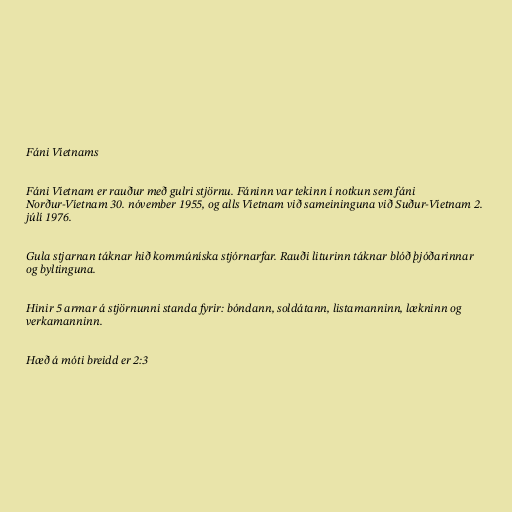
Fáni Víetnams

Fáni Víetnam er rauður með gulri stjörnu. Fáninn var tekinn í notkun sem fáni
Norður-Víetnam 30. nóvember 1955, og alls Víetnam við sameininguna við Suður-Víetnam 2.
júlí 1976.

Gula stjarnan táknar hið kommúníska stjórnarfar. Rauði liturinn táknar blóð þjóðarinnar
og byltinguna.

Hinir 5 armar á stjörnunni standa fyrir: bóndann, soldátann, listamanninn, lækninn og
verkamanninn.

Hæð á móti breidd er 2:3